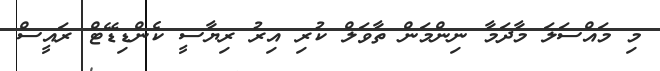
މި މައްސަލަ މާދަމާ ނިންމަން ތާވަލް ކުރި އިރު ރިޔާސީ ކެންޑިޑޭޓް ރައީސް